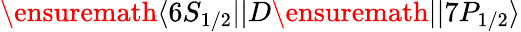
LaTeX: \ensuremath{\langle 6S_{1/2}||}D\ensuremath{||7P_{1/2}\rangle}